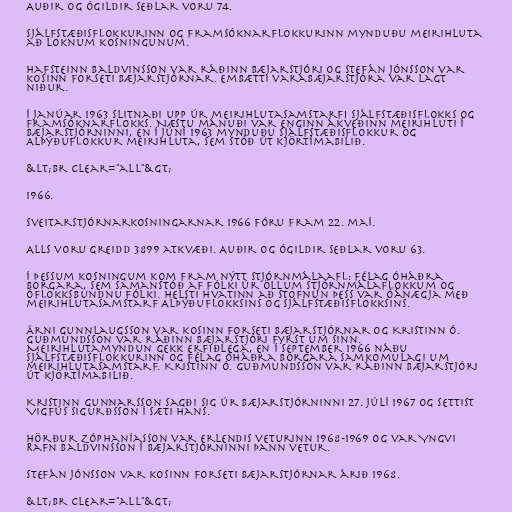
Auðir og ógildir seðlar voru 74.

Sjálfstæðisflokkurinn og Framsóknarflokkurinn mynduðu meirihluta
að loknum kosningunum.

Hafsteinn Baldvinsson var ráðinn bæjarstjóri og Stefán Jónsson var
kosinn forseti bæjarstjórnar. Embætti varabæjarstjóra var lagt
niður.

Í janúar 1963 slitnaði upp úr meirihlutasamstarfi Sjálfstæðisflokks og
Framsóknarflokks. Næstu mánuði var enginn ákveðinn meirihluti í
bæjarstjórninni, en í júní 1963 mynduðu Sjálfstæðisflokkur og
Alþýðuflokkur meirihluta, sem stóð út kjörtímabilið.

&lt;br clear="all"&gt;

1966.

Sveitarstjórnarkosningarnar 1966 fóru fram 22. maí.

Alls voru greidd 3899 atkvæði. Auðir og ógildir seðlar voru 63.

Í þessum kosningum kom fram nýtt stjórnmálaafl: Félag óháðra
borgara, sem samanstóð af fólki úr öllum stjórnmálaflokkum og
óflokksbundnu fólki. Helsti hvatinn að stofnun þess var óánægja með
meirihlutasamstarf Alþýðuflokksins og Sjálfstæðisflokksins.

Árni Gunnlaugsson var kosinn forseti bæjarstjórnar og Kristinn Ó.
Guðmundsson var ráðinn bæjarstjóri fyrst um sinn.
Meirihlutamyndun gekk erfiðlega, en í september 1966 náðu
Sjálfstæðisflokkurinn og Félag óháðra borgara samkomulagi um
meirihlutasamstarf. Kristinn Ó. Guðmundsson var ráðinn bæjarstjóri
út kjörtímabilið.

Kristinn Gunnarsson sagði sig úr bæjarstjórninni 27. júlí 1967 og settist
Vigfús Sigurðsson í sæti hans.

Hörður Zóphaníasson var erlendis veturinn 1968-1969 og var Yngvi
Rafn Baldvinsson í bæjarstjórninni þann vetur.

Stefán Jónsson var kosinn forseti bæjarstjórnar árið 1968.

&lt;br clear="all"&gt;